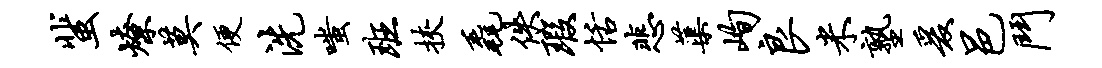
蜚燎莫便洗嗤班挟毳佚瑕恬悲蕖峋良米塾爰邑斗